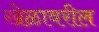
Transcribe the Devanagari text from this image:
खेळावरील